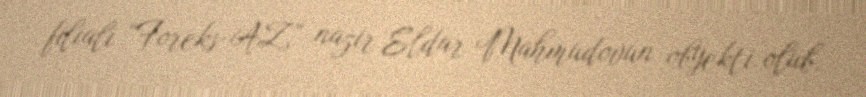
filialı “Foreks-AZ” nazir Eldar Mahmudovun obyekti olub.